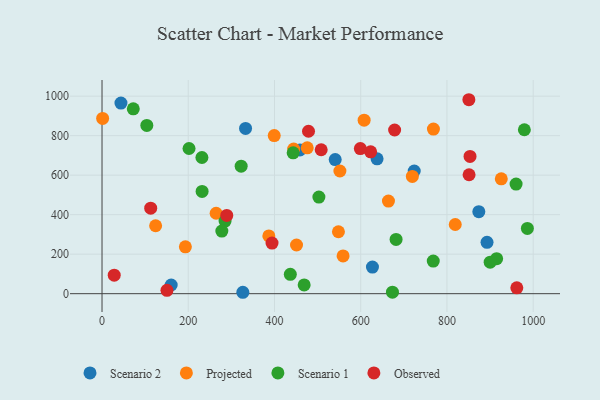
{"axis": {"x": "Price", "y": "Rating"}, "legend": ["Observed", "Projected", "Scenario 1", "Scenario 2"], "data": [{"x": "892.9", "y": 259.9, "type": "Scenario 2"}, {"x": "637.9", "y": 682.7, "type": "Scenario 2"}, {"x": "43.9", "y": 964.7, "type": "Scenario 2"}, {"x": "873.9", "y": 415.3, "type": "Scenario 2"}, {"x": "160.4", "y": 44.0, "type": "Scenario 2"}, {"x": "627.2", "y": 134.9, "type": "Scenario 2"}, {"x": "724.1", "y": 621.0, "type": "Scenario 2"}, {"x": "540.8", "y": 678.9, "type": "Scenario 2"}, {"x": "459.0", "y": 727.3, "type": "Scenario 2"}, {"x": "326.6", "y": 7.1, "type": "Scenario 2"}, {"x": "332.9", "y": 836.7, "type": "Scenario 2"}, {"x": "926.0", "y": 581.5, "type": "Projected"}, {"x": "264.7", "y": 407.1, "type": "Projected"}, {"x": "1.4", "y": 887.1, "type": "Projected"}, {"x": "559.1", "y": 190.9, "type": "Projected"}, {"x": "124.3", "y": 343.8, "type": "Projected"}, {"x": "819.2", "y": 350.1, "type": "Projected"}, {"x": "719.7", "y": 593.6, "type": "Projected"}, {"x": "386.9", "y": 292.5, "type": "Projected"}, {"x": "607.9", "y": 878.3, "type": "Projected"}, {"x": "451.1", "y": 246.4, "type": "Projected"}, {"x": "768.6", "y": 833.5, "type": "Projected"}, {"x": "399.4", "y": 800.3, "type": "Projected"}, {"x": "664.3", "y": 468.9, "type": "Projected"}, {"x": "193.3", "y": 237.0, "type": "Projected"}, {"x": "548.3", "y": 313.5, "type": "Projected"}, {"x": "444.5", "y": 732.3, "type": "Projected"}, {"x": "551.7", "y": 621.0, "type": "Projected"}, {"x": "475.9", "y": 738.2, "type": "Projected"}, {"x": "915.2", "y": 177.3, "type": "Scenario 1"}, {"x": "285.3", "y": 367.6, "type": "Scenario 1"}, {"x": "673.6", "y": 7.8, "type": "Scenario 1"}, {"x": "436.7", "y": 97.9, "type": "Scenario 1"}, {"x": "201.8", "y": 735.0, "type": "Scenario 1"}, {"x": "103.9", "y": 851.9, "type": "Scenario 1"}, {"x": "72.5", "y": 936.0, "type": "Scenario 1"}, {"x": "322.7", "y": 645.3, "type": "Scenario 1"}, {"x": "503.0", "y": 489.1, "type": "Scenario 1"}, {"x": "900.2", "y": 159.6, "type": "Scenario 1"}, {"x": "231.7", "y": 689.4, "type": "Scenario 1"}, {"x": "232.1", "y": 517.8, "type": "Scenario 1"}, {"x": "986.5", "y": 330.5, "type": "Scenario 1"}, {"x": "443.3", "y": 713.0, "type": "Scenario 1"}, {"x": "468.8", "y": 44.2, "type": "Scenario 1"}, {"x": "682.0", "y": 274.7, "type": "Scenario 1"}, {"x": "960.3", "y": 555.0, "type": "Scenario 1"}, {"x": "768.2", "y": 165.2, "type": "Scenario 1"}, {"x": "979.5", "y": 829.9, "type": "Scenario 1"}, {"x": "277.9", "y": 316.9, "type": "Scenario 1"}, {"x": "289.3", "y": 396.0, "type": "Observed"}, {"x": "394.3", "y": 256.1, "type": "Observed"}, {"x": "623.0", "y": 717.9, "type": "Observed"}, {"x": "478.9", "y": 822.4, "type": "Observed"}, {"x": "850.8", "y": 981.9, "type": "Observed"}, {"x": "508.3", "y": 728.7, "type": "Observed"}, {"x": "678.6", "y": 828.6, "type": "Observed"}, {"x": "150.6", "y": 16.8, "type": "Observed"}, {"x": "599.1", "y": 734.8, "type": "Observed"}, {"x": "853.5", "y": 694.7, "type": "Observed"}, {"x": "28.3", "y": 93.7, "type": "Observed"}, {"x": "962.0", "y": 29.7, "type": "Observed"}, {"x": "112.9", "y": 432.8, "type": "Observed"}, {"x": "851.3", "y": 602.1, "type": "Observed"}]}